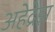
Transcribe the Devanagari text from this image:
अहेद्रेझ